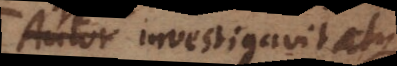
quia investigavit atque